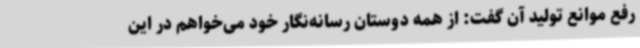
رفع موانع تولید آن گفت: از همه دوستان رسانه‌نگار خود می‌خواهم در این